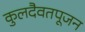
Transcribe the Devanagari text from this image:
कुलदैवतपूजन